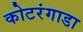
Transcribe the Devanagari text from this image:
कोटरंगाडा